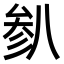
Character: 𫤯